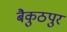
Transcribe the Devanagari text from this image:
बैकुठपुर